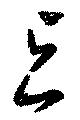
與